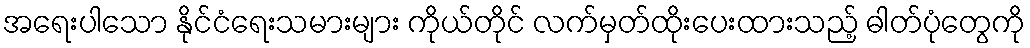
အရေးပါသော နိုင်ငံရေးသမားများ ကိုယ်တိုင် လက်မှတ်ထိုးပေးထားသည့် ဓါတ်ပုံတွေကို